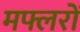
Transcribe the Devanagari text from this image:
मफ्लरों